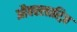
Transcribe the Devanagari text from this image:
औक्स्लारिज़